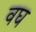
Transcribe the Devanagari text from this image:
वघ